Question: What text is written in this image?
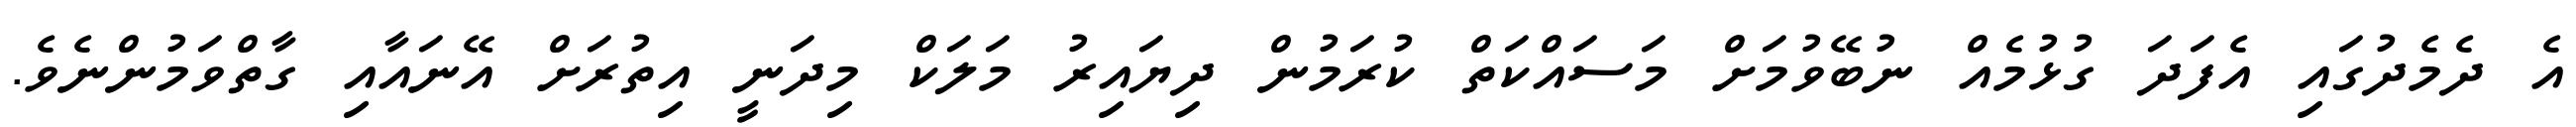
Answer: އެ ދެމެދުގައި އެފަދަ ގުޅުމެއް ނުބޭވުމަށް މަސައްކަތް ކުރަމުން ދިޔައިރު މަލަކް މިދަނީ އިތުރަށް އޭނައާއި ގާތްވަމުންނެވެ.